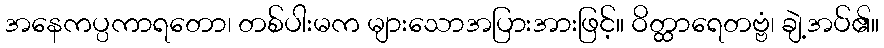
အနေကပ္ပကာရတော၊ တစ်ပါးမက များသောအပြားအားဖြင့်။ ဝိတ္ထာရေတဗ္ဗံ၊ ချဲ့အပ်၏။